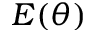
E ( \theta )